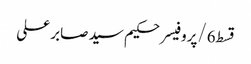
قسط6/پروفیسر حکیم سید صابر علی